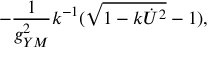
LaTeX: - { \frac { 1 } { g _ { Y M } ^ { 2 } } } k ^ { - 1 } ( \sqrt { 1 - k \dot { U } ^ { 2 } } - 1 ) ,